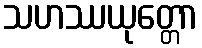
သဟဿယုတ္တော